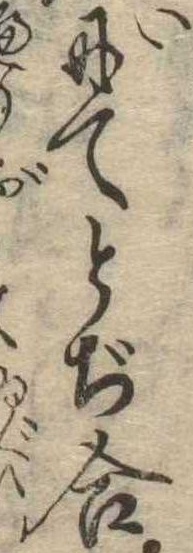
にてとぢ合